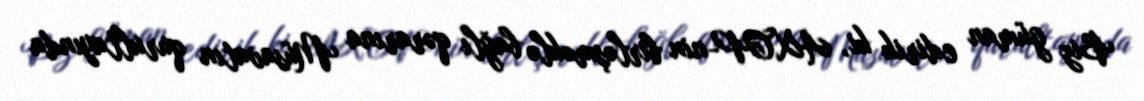
Biz güman edirik ki, AXCP-nin birləşməklə bağlı qərarına Müsavatın qurultayında